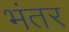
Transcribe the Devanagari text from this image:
भंतर